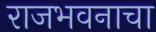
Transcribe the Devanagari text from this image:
राजभवनाचा